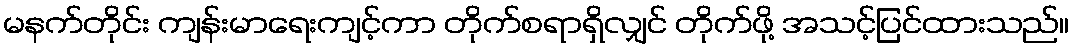
မနက်တိုင်း ကျန်းမာရေးကျင့်ကာ တိုက်စရာရှိလျှင် တိုက်ဖို့ အသင့်ပြင်ထားသည်။